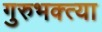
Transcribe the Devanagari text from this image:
गुरुभक्त्या